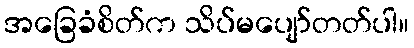
အခြေခံစိတ်က သိပ်မပျော်တတ်ပါ။